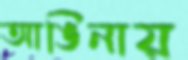
আঙিনায়